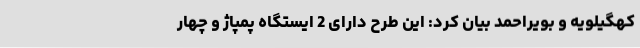
کهگیلویه و بویراحمد بیان کرد: این طرح دارای 2 ایستگاه پمپاژ و چهار